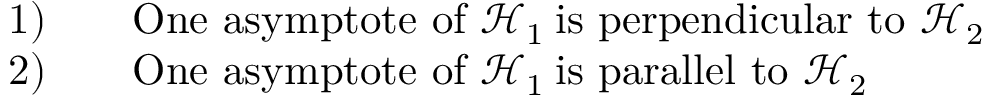
\begin{array} { r l } & { \mathrm { 1 ) } \qquad \mathrm { O n e ~ a s y m p t o t e ~ o f ~ } \mathcal { H } _ { 1 } \mathrm { \: i s ~ p e r p e n d i c u l a r ~ t o ~ } \mathcal { H } _ { 2 } } \\ & { \mathrm { 2 ) } \qquad \mathrm { O n e ~ a s y m p t o t e ~ o f ~ } \mathcal { H } _ { 1 } \mathrm { \: i s ~ p a r a l l e l ~ t o ~ } \mathcal { H } _ { 2 } } \end{array}